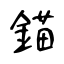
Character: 錨